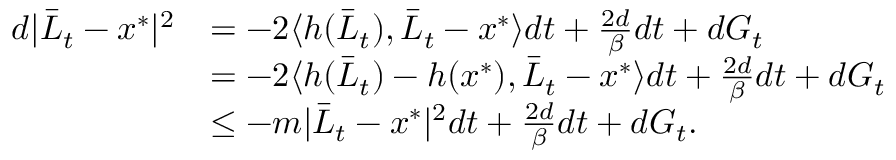
\begin{array} { r l } { d | \bar { L } _ { t } - x ^ { * } | ^ { 2 } } & { = - 2 \langle h ( \bar { L } _ { t } ) , \bar { L } _ { t } - x ^ { * } \rangle d t + \frac { 2 d } { \beta } d t + d G _ { t } } \\ & { = - 2 \langle h ( \bar { L } _ { t } ) - h ( x ^ { * } ) , \bar { L } _ { t } - x ^ { * } \rangle d t + \frac { 2 d } { \beta } d t + d G _ { t } } \\ & { \leq - m | \bar { L } _ { t } - x ^ { * } | ^ { 2 } d t + \frac { 2 d } { \beta } d t + d G _ { t } . } \end{array}